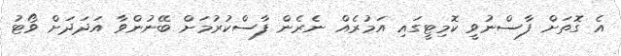
އެ ގޮތަށް ފާސްނުވީ ކޮމިޓީގައި އަމުރެއް ނެރެން ފާސްކުރުމަށް ބޭނުންވާ އަދަދަށް ވޯޓު